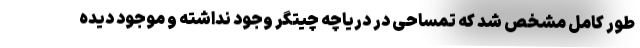
طور کامل مشخص شد که تمساحی در دریاچه چیتگر وجود نداشته و موجود دیده